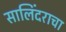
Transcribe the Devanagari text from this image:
सालिंदराचा